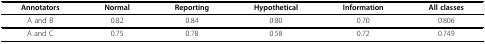
<table><thead><tr><td><b>Annotators</b></td><td><b>Normal</b></td><td><b>Reporting</b></td><td><b>Hypothetical</b></td><td><b>Information</b></td><td><b>All classes</b></td></tr></thead><tbody><tr><td>A and B</td><td>0.82</td><td>0.84</td><td>0.80</td><td>0.70</td><td>0.806</td></tr><tr><td>A and C</td><td>0.75</td><td>0.78</td><td>0.58</td><td>0.72</td><td>0.749</td></tr></tbody></table>